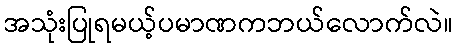
အသုံးပြုရမယ့်ပမာဏကဘယ်လောက်လဲ။